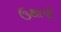
ઉથાપી